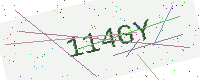
Text: 114GY